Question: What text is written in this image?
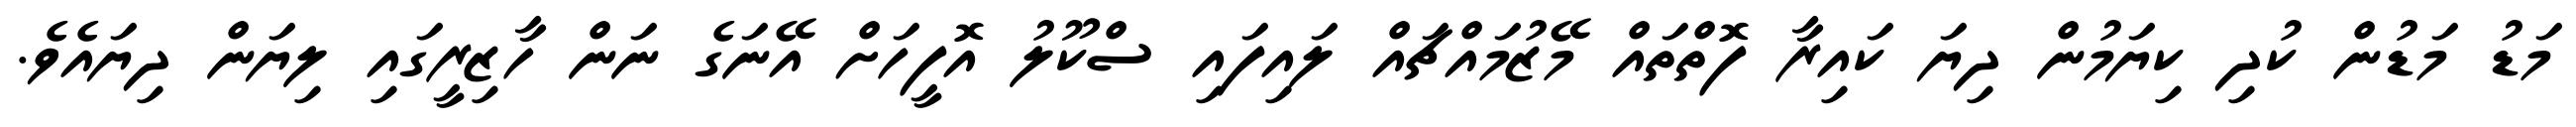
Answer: މަޑު މަޑުން ކުދި ކިޔަމުން ދިޔަ ކައިރާ ފޮތްތައް މޭޒުމައްޗައް ލައިފައި ސްކޫލު އޮފީހަށް އޭނަގެ ނަން ހާޒިރީގައި ލިޔަން ދިޔައެވެ.